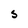
Character: S